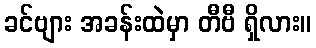
ခင်ဗျား အခန်းထဲမှာ တီဗီ ရှိလား။